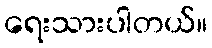
ရေးသားပါတယ်။